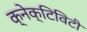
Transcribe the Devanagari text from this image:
क्नेक्टिविटी